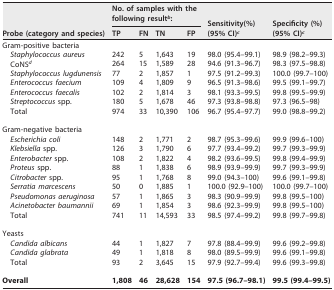
<table><thead><tr><td rowspan="2"><b>Probe (category and species)</b></td><td colspan="4"><b>No. of samples with the following result<sup><i>b</i></sup>:</b></td><td rowspan="2"><b>Sensitivity(%) (95% CI)<sup><i>c</i></sup></b></td><td rowspan="2"><b>Specificity (%) (95% CI)<sup><i>c</i></sup></b></td></tr><tr><td><b>TP</b></td><td><b>FN</b></td><td><b>TN</b></td><td><b>FP</b></td></tr></thead><tbody><tr><td>Gram-positive bacteria</td><td></td><td></td><td></td><td></td><td></td><td></td></tr><tr><td>Staphylococcus aureus</td><td>242</td><td>5</td><td>1,643</td><td>19</td><td>98.0 (95.4–99.1)</td><td>98.9 (98.2–99.3)</td></tr><tr><td>CoNS<sup><i>d</i></sup></td><td>264</td><td>15</td><td>1,589</td><td>28</td><td>94.6 (91.3–96.7)</td><td>98.3 (97.5–98.8)</td></tr><tr><td>Staphylococcus lugdunensis</td><td>77</td><td>2</td><td>1,857</td><td>1</td><td>97.5 (91.2–99.3)</td><td>100.0 (99.7–100)</td></tr><tr><td>Enterococcus faecium</td><td>109</td><td>4</td><td>1,809</td><td>9</td><td>96.5 (91.3–98.6)</td><td>99.5 (99.1–99.7)</td></tr><tr><td>Enterococcus faecalis</td><td>102</td><td>2</td><td>1,814</td><td>3</td><td>98.1 (93.3–99.5)</td><td>99.8 (99.5–99.9)</td></tr><tr><td>Streptococcus spp.</td><td>180</td><td>5</td><td>1,678</td><td>46</td><td>97.3 (93.8–98.8)</td><td>97.3 (96.5–98)</td></tr><tr><td>Total</td><td>974</td><td>33</td><td>10,390</td><td>106</td><td>96.7 (95.4–97.7)</td><td>99.0 (98.8–99.2)</td></tr><tr><td>Gram-negative bacteria</td><td></td><td></td><td></td><td></td><td></td><td></td></tr><tr><td>Escherichia coli</td><td>148</td><td>2</td><td>1,771</td><td>2</td><td>98.7 (95.3–99.6)</td><td>99.9 (99.6–100)</td></tr><tr><td>Klebsiella spp.</td><td>126</td><td>3</td><td>1,790</td><td>6</td><td>97.7 (93.4–99.2)</td><td>99.7 (99.3–99.9)</td></tr><tr><td>Enterobacter spp.</td><td>108</td><td>2</td><td>1,822</td><td>4</td><td>98.2 (93.6–99.5)</td><td>99.8 (99.4–99.9)</td></tr><tr><td>Proteus spp.</td><td>88</td><td>1</td><td>1,838</td><td>6</td><td>98.9 (93.9–99.9)</td><td>99.7 (99.3–99.9)</td></tr><tr><td>Citrobacter spp.</td><td>95</td><td>1</td><td>1,768</td><td>8</td><td>99.0 (94.3–100)</td><td>99.6 (99.1–99.8)</td></tr><tr><td>Serratia marcescens</td><td>50</td><td>0</td><td>1,885</td><td>1</td><td>100.0 (92.9–100)</td><td>100.0 (99.7–100)</td></tr><tr><td>Pseudomonas aeruginosa</td><td>57</td><td>1</td><td>1,865</td><td>3</td><td>98.3 (90.9–99.9)</td><td>99.8 (99.5–100)</td></tr><tr><td>Acinetobacter baumannii</td><td>69</td><td>1</td><td>1,854</td><td>3</td><td>98.6 (92.3–99.9)</td><td>99.8 (99.5–100)</td></tr><tr><td>Total</td><td>741</td><td>11</td><td>14,593</td><td>33</td><td>98.5 (97.4–99.2)</td><td>99.8 (99.7–99.8)</td></tr><tr><td>Yeasts</td><td></td><td></td><td></td><td></td><td></td><td></td></tr><tr><td>Candida albicans</td><td>44</td><td>1</td><td>1,827</td><td>7</td><td>97.8 (88.4–99.9)</td><td>99.6 (99.2–99.8)</td></tr><tr><td>Candida glabrata</td><td>49</td><td>1</td><td>1,818</td><td>8</td><td>98.0 (89.5–99.9)</td><td>99.6 (99.1–99.8)</td></tr><tr><td>Total</td><td>93</td><td>2</td><td>3,645</td><td>15</td><td>97.9 (92.7–99.4)</td><td>99.6 (99.3–99.8)</td></tr><tr><td><b>Overall</b></td><td><b>1,808</b></td><td><b>46</b></td><td><b>28,628</b></td><td><b>154</b></td><td><b>97.5 (96.7–98.1)</b></td><td><b>99.5 (99.4–99.5)</b></td></tr></tbody></table>